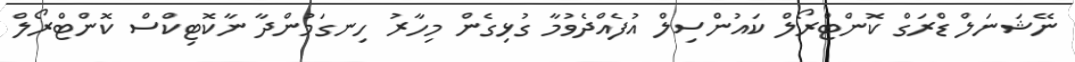
ނޭޝަނަލް ޑްރަގް ކޮންޓްރޯލް ކައުންސިލް އުފެއްދެވުމާ ގުޅިގެން މިހާރު ހިނގަމުންދާ ނާކޮޓިކްސް ކޮންޓްރޯލް